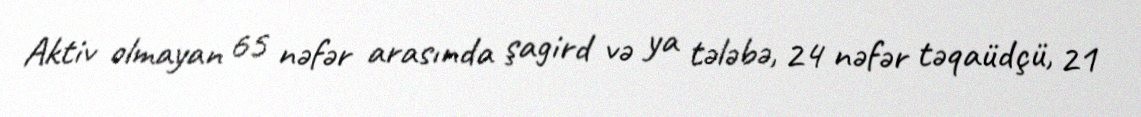
Aktiv olmayan 65 nəfər arasında şagird və ya tələbə, 24 nəfər təqaüdçü, 21